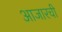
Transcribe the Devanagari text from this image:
आजारची